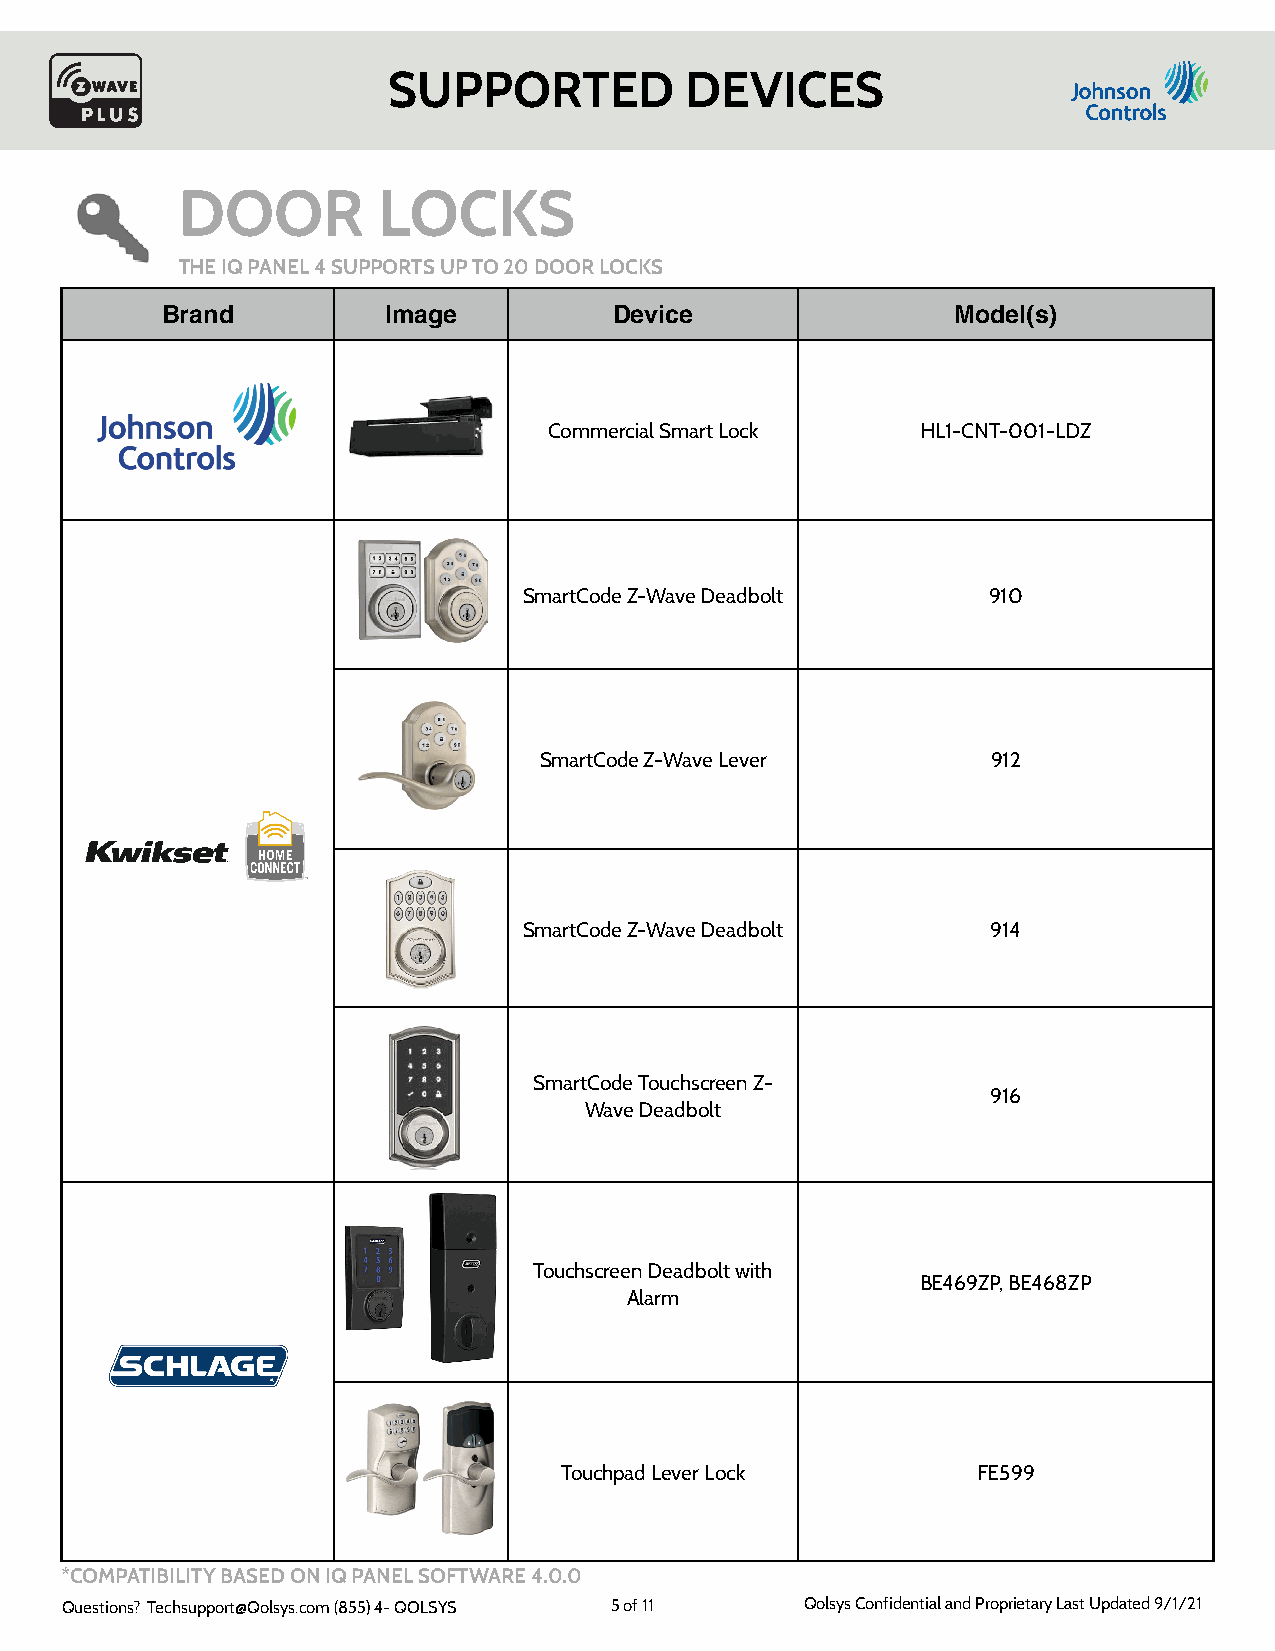
SUPPORTED          DEVICES
 DOOR         LOCKS
 THE IQ PANEL 4 SUPPORTS UP TO 20 DOOR LOCKS
 Brand         Image           Device                Model(s)
 Commercial Smart Lock    HL1-CNT-001-LDZ
 SmartCode Z-Wave Deadbolt     910
 SmartCode Z-Wave Lever        912
 SmartCode Z-Wave Deadbolt      914
 SmartCode Touchscreen Z-
 916
 Wave Deadbolt
 Touchscreen Deadbolt with
 BE469ZP, BE468ZP
 Alarm
 Touchpad Lever Lock         FE599
 *COMPATIBILITY BASED ON IQ PANEL SOFTWARE 4.0.0
 Questions? Techsupport@Qolsys.com (855) 4- QOLSYS 5 of 11 Qolsys Confidential and Proprietary Last Updated 9/1/21